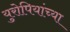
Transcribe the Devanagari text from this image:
युरोपियांच्या